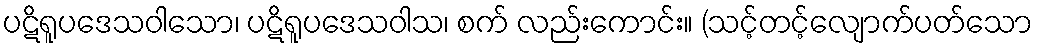
ပဋိရူပဒေသဝါသော၊ ပဋိရူပဒေသဝါသ၊ စက် လည်းကောင်း။ (သင့်တင့်လျောက်ပတ်သော